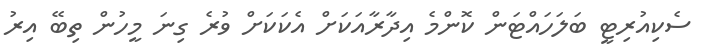
ސެކިއުރިޓީ ބަލަހައްޓަން ކޮންމެ އިދާރާއަކަށް އެކަކަށް ވުރެ ގިނަ މީހުން ތިބޭ އިރު